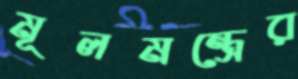
মূলমন্ত্রের